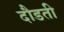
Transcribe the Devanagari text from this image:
दौडती